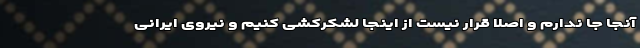
آنجا جا ندارم و اصلا قرار نیست از اینجا لشکرکشی کنیم و نیروی ایرانی